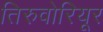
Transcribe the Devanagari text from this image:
तिरुवोरियूर